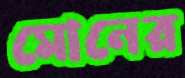
মোনের